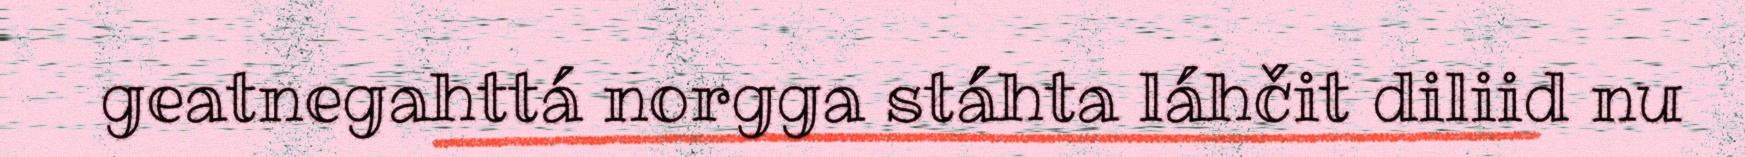
geatnegahttá norgga stáhta láhčit diliid nu